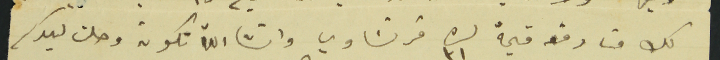
لك منا دفعة قيمة ٣١ ليرة فرنساوي وانشالله تكون وصلت ليدكم